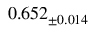
0 . 6 5 2 _ { \pm 0 . 0 1 4 }